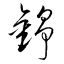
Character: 錚